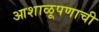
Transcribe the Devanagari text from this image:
आशाळूपणाची